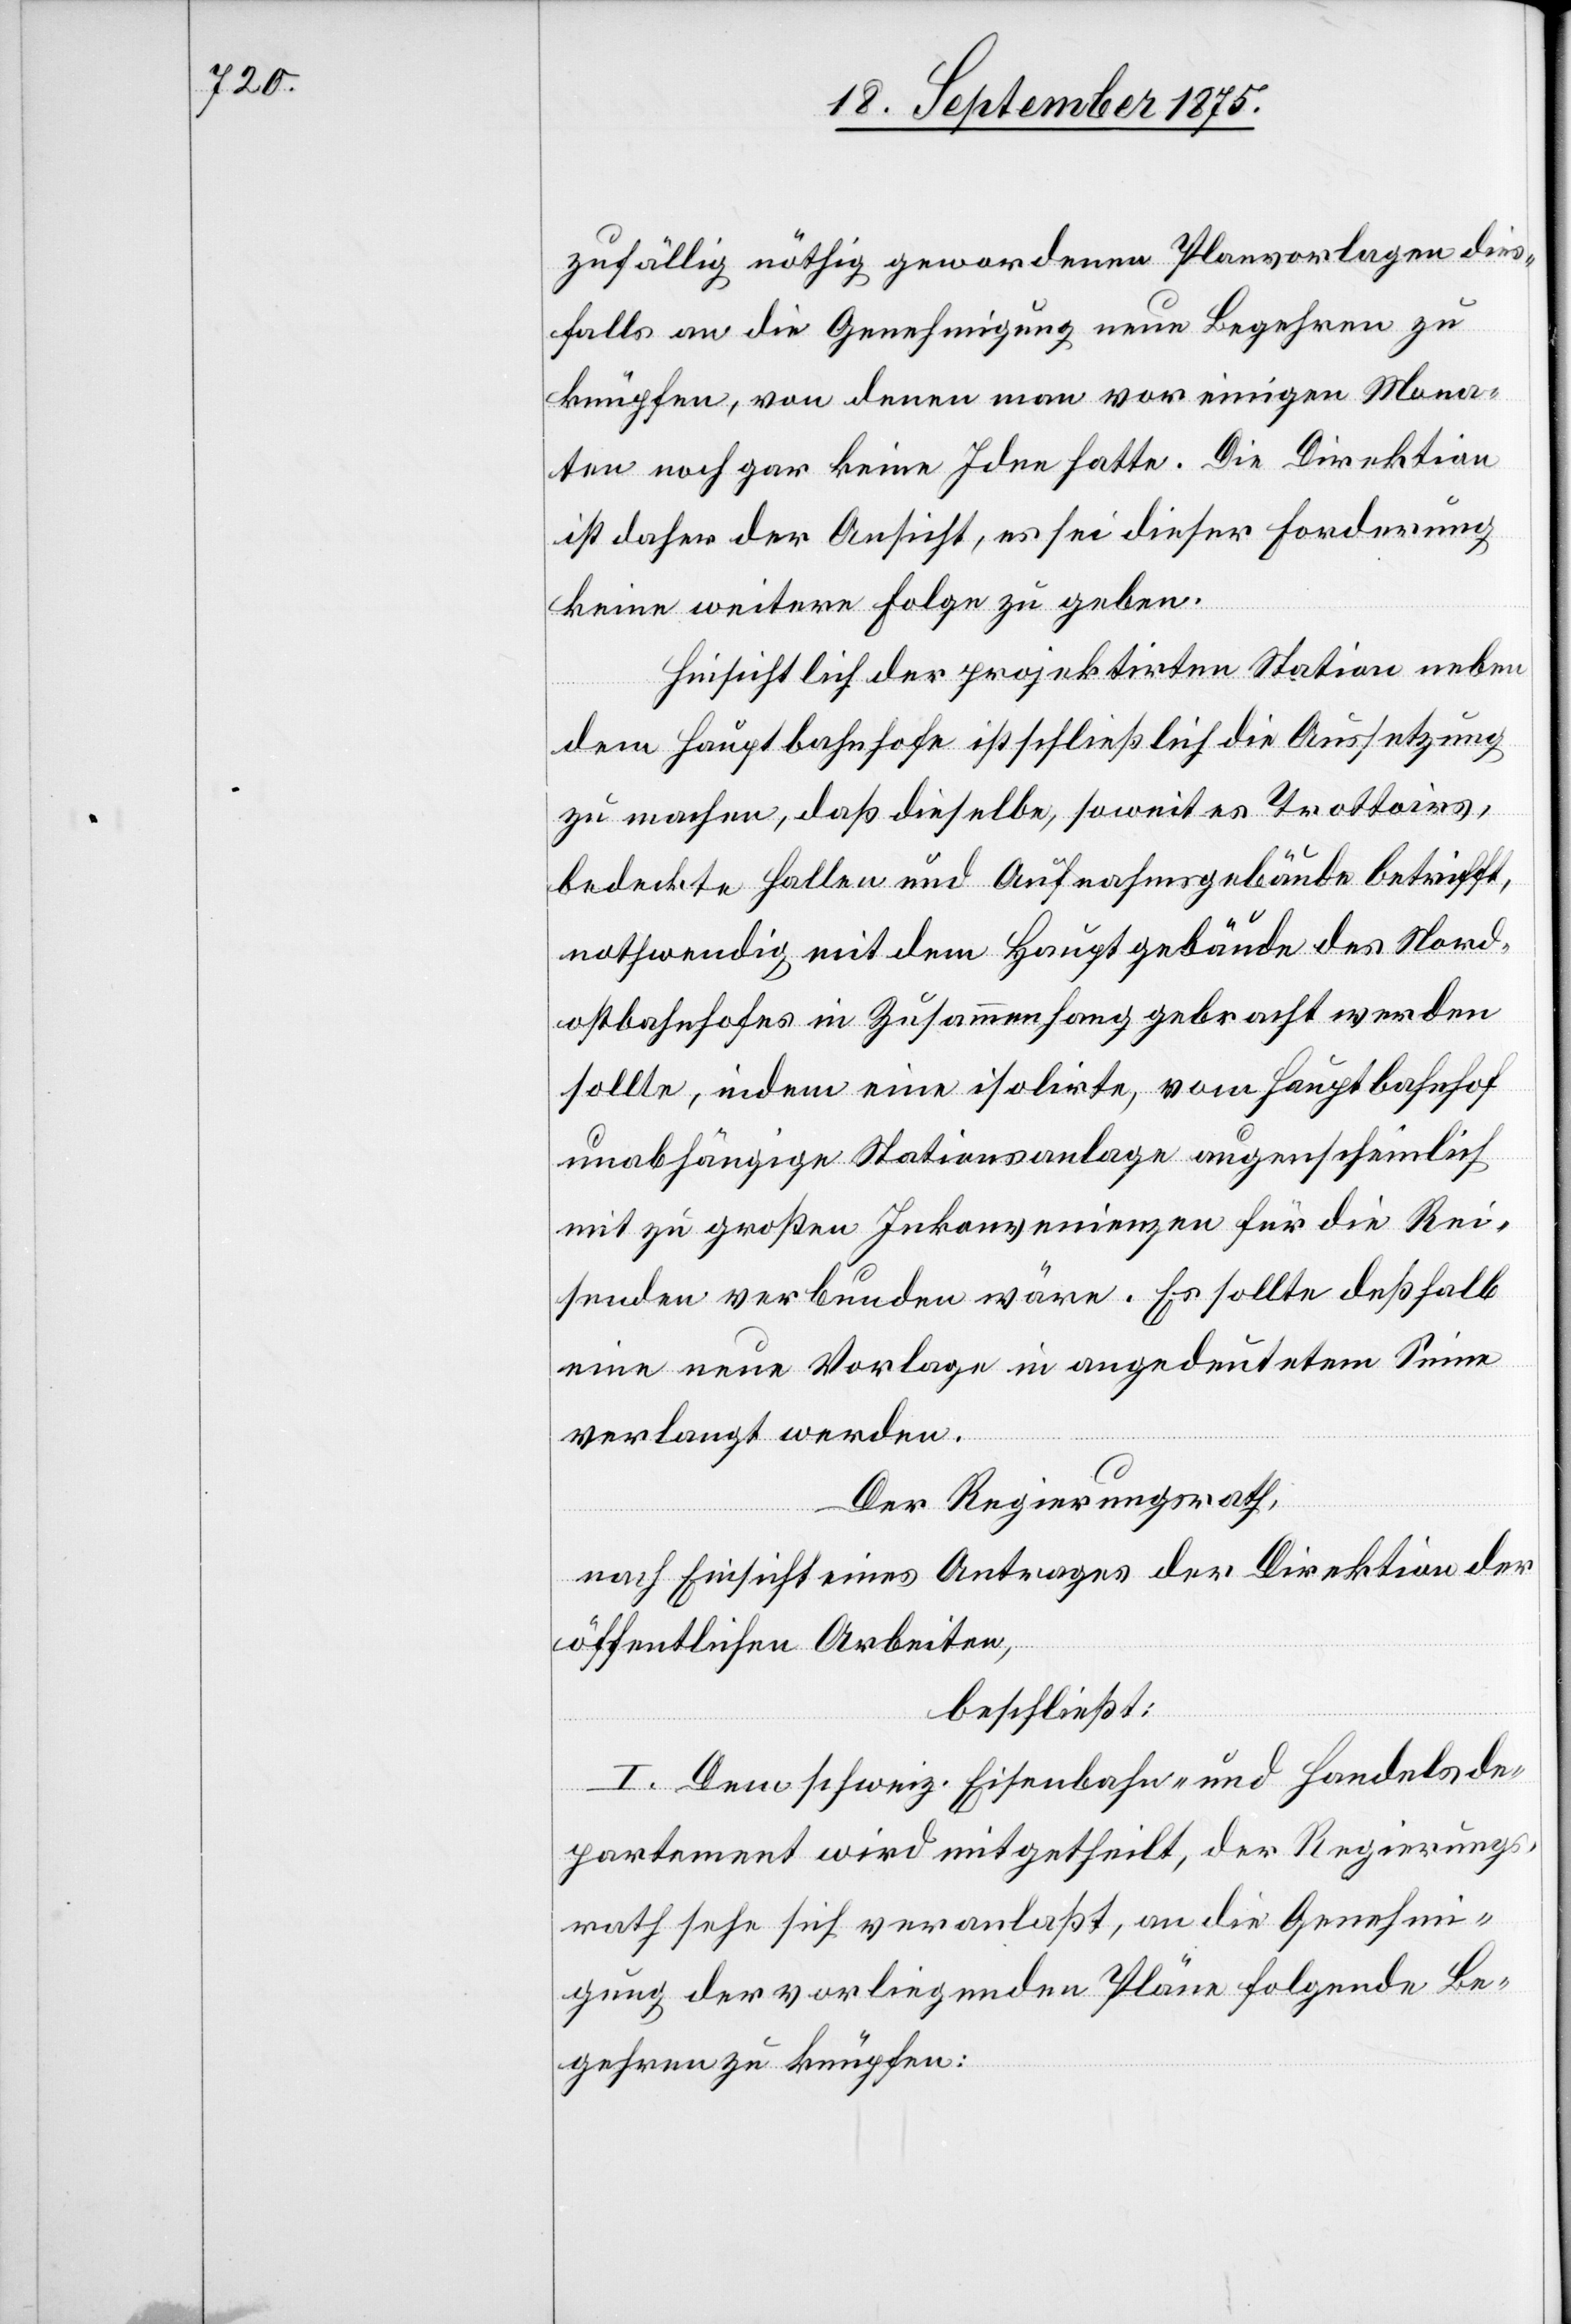
zufällig nöthig gewordenen Planvorlagen dies¬
falls an die Genehmigung neue Begehren zu
knüpfen, von denen man vor einigen Mona¬
ten noch gar kein Idee hatte. Die Direktion
ist daher der Ansicht, es sei dieser Forderung
keine weitere Folge zu geben.
Hinsichtlich der projektirten Station neben
dem Hauptbahnhofe ist schließlich die Aussetzung
zu machen, daß dieselbe, soweit es Trottoirs,
bedeckte Hallen und Aufnahmsgebäude betrifft,
nothwendig mit dem Hauptgebäude des Nord¬
ostbahnhofes in Zusammenhang gebracht werden
sollte, indem eine isolirte, vom Hauptbahnhof
unabhängige Stationsanlage augenscheinlich
mit zu großen Inkonvenienzen für die Rei¬
senden verbunden wäre. Es sollte deßhalb
eine neue Vorlage in angedeutetem Sinne
verlangt werden.
Der Regierungsrath,
nach Einsicht eines Antrages der Direktion der
öffentlichen Arbeiten,
beschließt:
I. Dem schweiz. Eisenbahn- und Handelsde¬
partement wird mitgetheilt, der Regierungs¬
rath sehe sich veranlaßt, an die Genehmi¬
gung der vorliegenden Pläne folgende Be¬
gehren zu knüpfen: